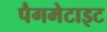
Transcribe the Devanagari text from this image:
पैगमेटाइट